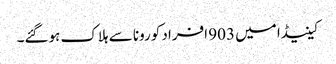
کینیڈا میں 903 افراد کورونا سے ہلاک ہوگئے۔